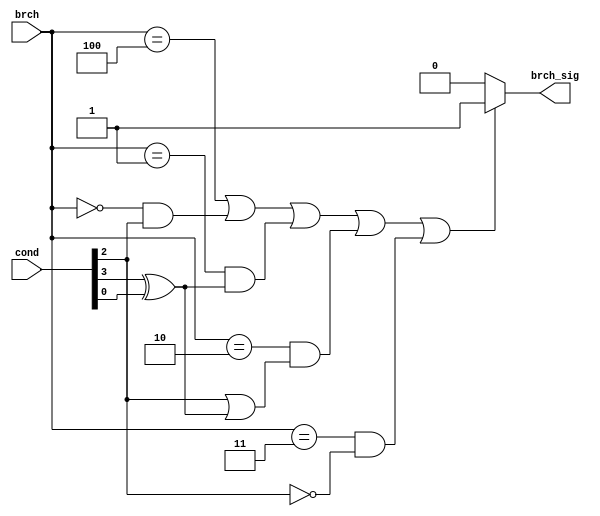
module branch(
	input [3:0] cond,
	input [2:0] brch,
	output brch_sig);
	wire s,z,c,v;
	assign s = cond[3];
	assign z = cond[2];
	assign c = cond[1];
	assign v = cond[0];
	assign brch_sig = (((brch == 3'b100))||((brch == 3'b000 && z == 1'b1 ))||((brch == 3'b001 && s ^ v == 1'b1 )) || (brch == 3'b010 && (z == 1'b1 || s ^ v == 1'b1)) || (( brch == 3'b011 && z == 1'b0))) ? 1'b1:
							1'b0;
endmodule